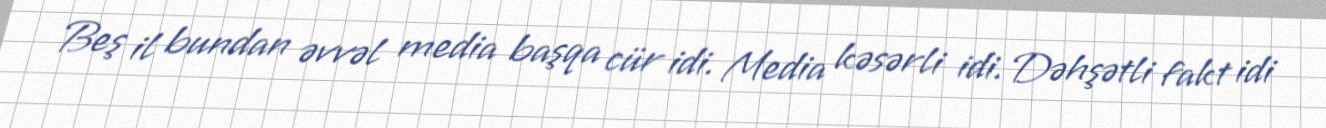
Beş il bundan əvvəl media başqa cür idi. Media kəsərli idi. Dəhşətli fakt idi